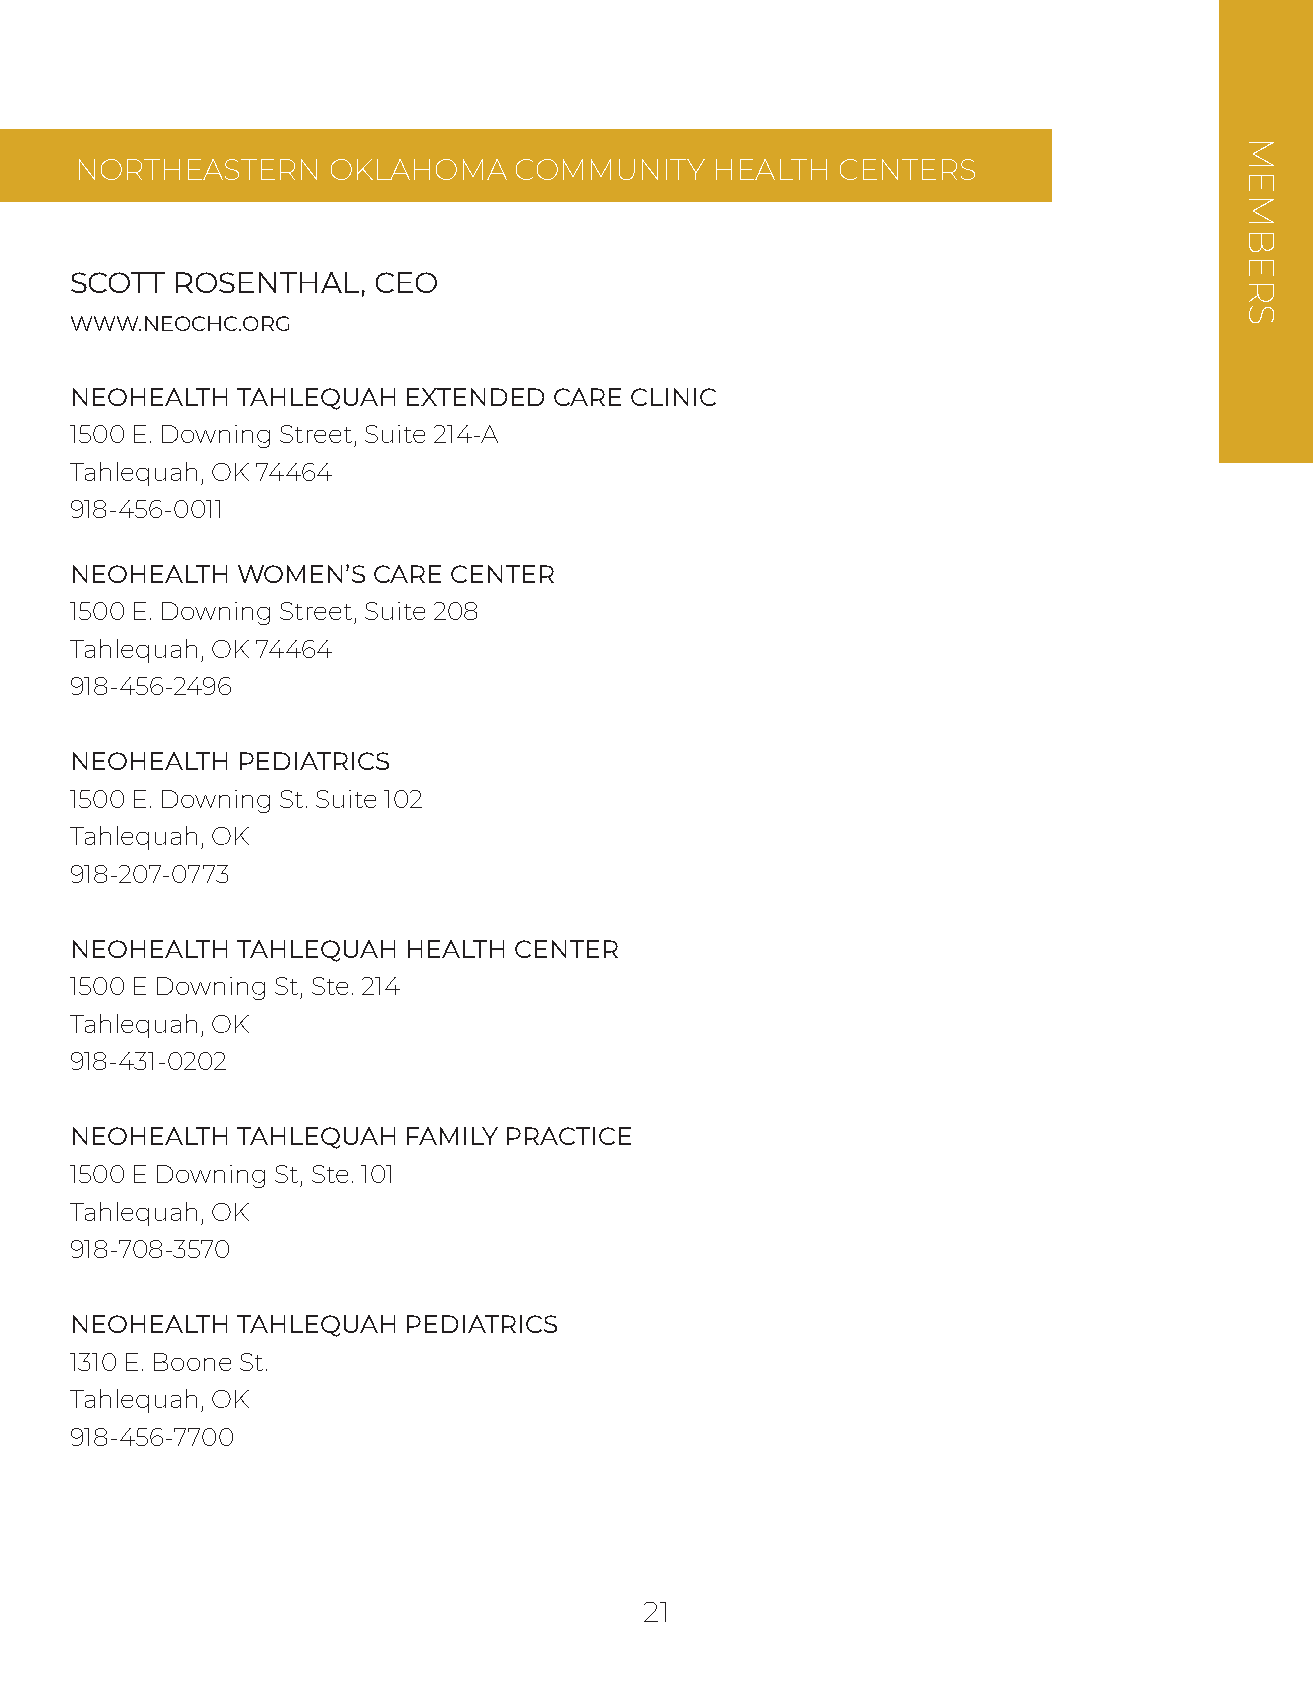
NORTHEASTERN     OKLAHOMA    COMMUNITY    HEALTH  CENTERS
 SCOTT  ROSENTHAL,   CEO
 WWW.NEOCHC.ORG
 NEOHEALTH  TAHLEQUAH  EXTENDED  CARE CLINIC
 1500 E. Downing Street, Suite 214-A
 Tahlequah, OK 74464
 918-456-0011
 NEOHEALTH  WOMEN’S  CARE CENTER
 1500 E. Downing Street, Suite 208
 Tahlequah, OK 74464
 918-456-2496
 NEOHEALTH  PEDIATRICS
 1500 E. Downing St. Suite 102
 Tahlequah, OK
 918-207-0773
 NEOHEALTH  TAHLEQUAH  HEALTH CENTER
 1500 E Downing St, Ste. 214
 Tahlequah, OK
 918-431-0202
 NEOHEALTH  TAHLEQUAH  FAMILY PRACTICE
 1500 E Downing St, Ste. 101
 Tahlequah, OK
 918-708-3570
 NEOHEALTH  TAHLEQUAH  PEDIATRICS
 1310 E. Boone St.
 Tahlequah, OK
 918-456-7700
 21
 MEMBERS